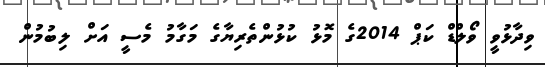
ވިދާޅުވީ ވޯލްޑް ކަޕް 2014ގެ މޮޅު ކުޅުންތެރިޔާގެ މަގާމު މެސީ އަށް ލިބުމުން